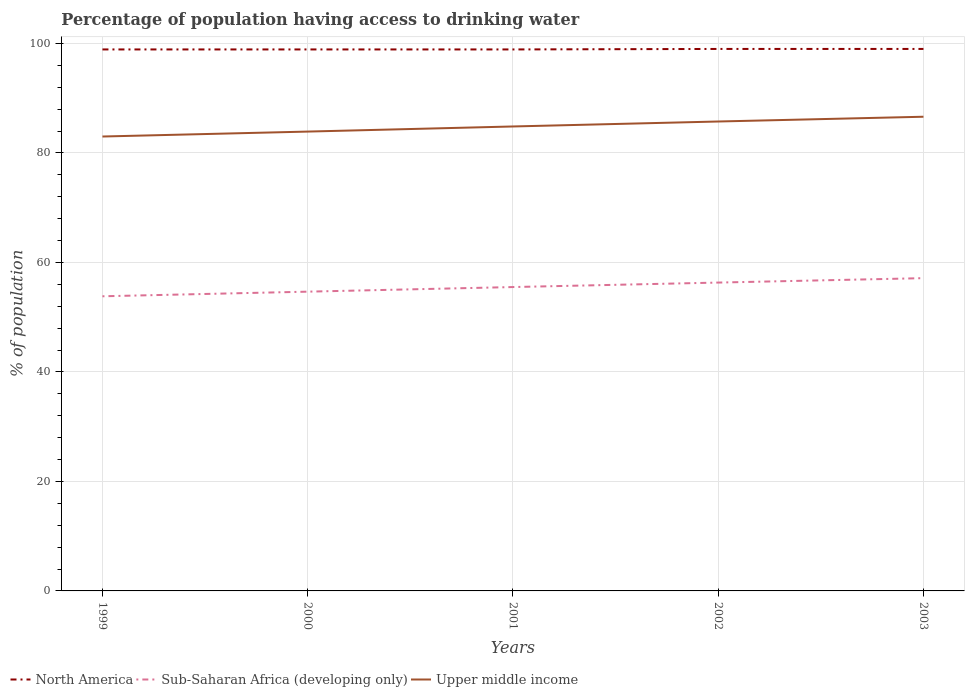
| Years | North America | Sub-Saharan Africa (developing only) | Upper middle income |
 | --- | --- | --- | --- |
 | 1999 | 98.9 | 53.8 | 83 |
 | 2000 | 98.9 | 54.7 | 83.9 |
 | 2001 | 98.9 | 55.5 | 84.8 |
 | 2002 | 99 | 56.3 | 85.7 |
 | 2003 | 99 | 57.1 | 86.6 |